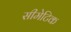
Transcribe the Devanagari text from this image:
सीमेटिक